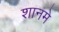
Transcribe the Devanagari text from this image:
शानमे